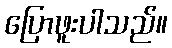
ပြောဖူးပါသည်။